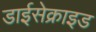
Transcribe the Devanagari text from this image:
डाईसेक्राइड